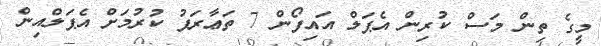
މީގެ ތިން މަސް ކުރިން އެޕަލް އައިފޯން 7 ތަޢާރަފު ކުރުމަށް އެޕަލްއިން